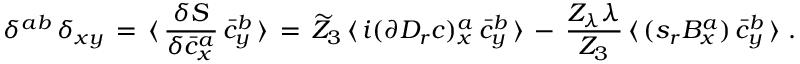
\delta ^ { a b } \, \delta _ { x y } \, = \, \langle \, \frac { \delta S } { \delta \bar { c } _ { x } ^ { a } } \, \bar { c } _ { y } ^ { b } \, \rangle \, = \, \widetilde Z _ { 3 } \, \langle \, i ( \partial D _ { r } c ) _ { x } ^ { a } \, \bar { c } _ { y } ^ { b } \, \rangle \, - \, \frac { Z _ { \lambda } \lambda } { Z _ { 3 } } \, \langle \, ( s _ { r } B _ { x } ^ { a } ) \, \bar { c } _ { y } ^ { b } \, \rangle \; .